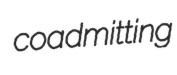
coadmitting